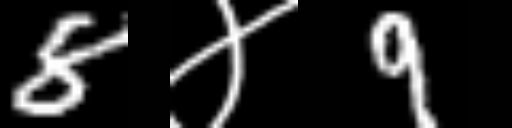
Text: 8४9